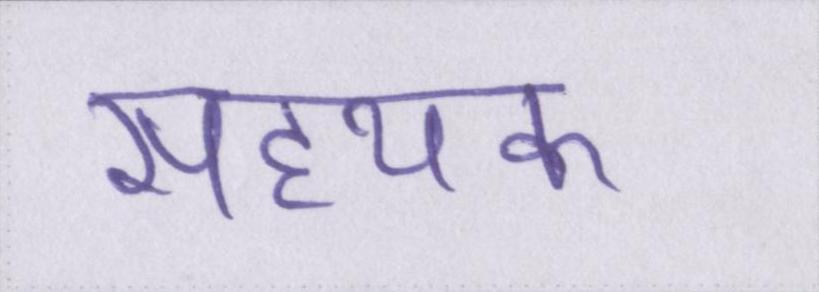
सहयक